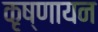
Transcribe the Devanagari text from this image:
कृष्‍णायन